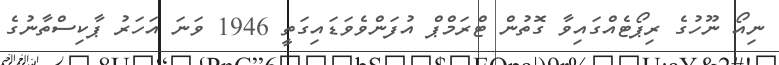
ނިއޯ ނޫހުގެ ރިޕޯޓެއްގައިވާ ގޮތުން ޓްރަމްޕް އުފަންވެވަޑައިގަތީ 1946 ވަނަ އަހަރު ޕާކިސްތާނުގެ